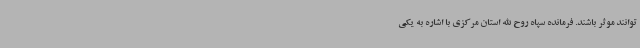
توانند موثر باشند. فرمانده سپاه روح الله استان مرکزی با اشاره به یکی